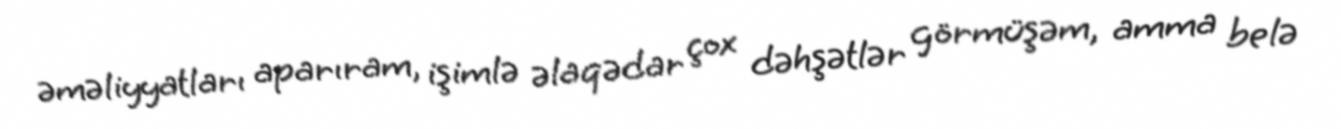
əməliyyatları aparıram, işimlə əlaqədar çox dəhşətlər görmüşəm, amma belə